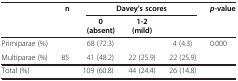
<table><thead><tr><td>[EMPTY_CELL]</td><td><b>n</b></td><td colspan="3"><b>Davey’s scores</b></td><td><b><i>p</i>-value</b></td></tr><tr><td>[EMPTY_CELL]</td><td>[EMPTY_CELL]</td><td><b>0 (absent)</b></td><td><b>1-2 (mild)</b></td><td>[EMPTY_CELL]</td><td>[EMPTY_CELL]</td></tr></thead><tbody><tr><td>Primiparae (%)</td><td>[EMPTY_CELL]</td><td>68 (72.3)</td><td>[EMPTY_CELL]</td><td>4 (4.3)</td><td>0.000</td></tr><tr><td>Multiparae (%)</td><td>85</td><td>41 (48.2)</td><td>22 (25.9)</td><td>22 (25.9)</td><td>[EMPTY_CELL]</td></tr><tr><td>Total (%)</td><td>[EMPTY_CELL]</td><td>109 (60.8)</td><td>44 (24.4)</td><td>26 (14.8)</td><td>[EMPTY_CELL]</td></tr></tbody></table>